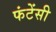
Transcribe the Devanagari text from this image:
फंटेंसी